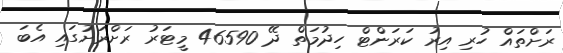
ރަށްތައް ހުރި އިރު ކަރަންޓް ހިދުމަތް ދޭ 46590 މީޓަރު ރަށްރަށުގައި އެބަ